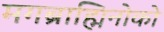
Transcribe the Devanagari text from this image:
मगब्राह्मिनोको